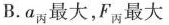
B. a_{丙}最大，F_{丙}最大